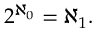
2 ^ { \aleph _ { 0 } } = \aleph _ { 1 } .